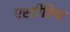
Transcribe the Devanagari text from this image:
एस्टीरिया